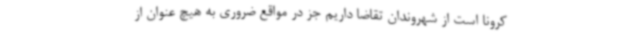
کرونا است از شهروندان تقاضا داریم جز در مواقع ضروری به هیچ عنوان از